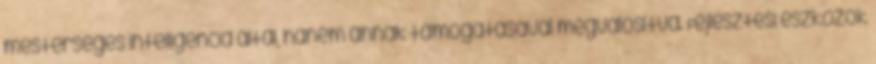
mesterséges intelligencia által, hanem annak támogatásával megvalósítva. Fejlesztési eszközök